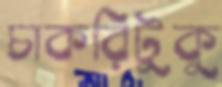
চাকরিটুকু